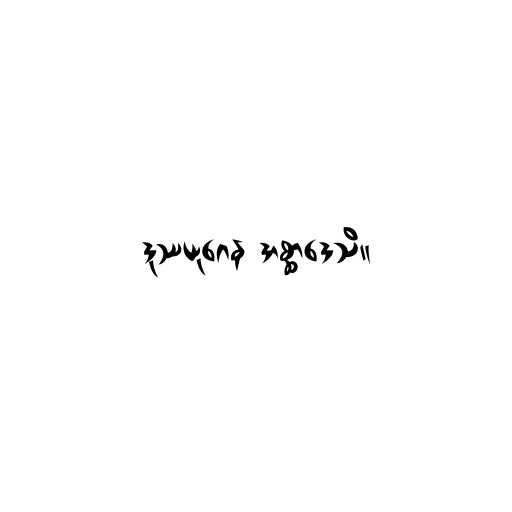
ဒုဿယုဂေန အစ္ဆာဒေသိ။